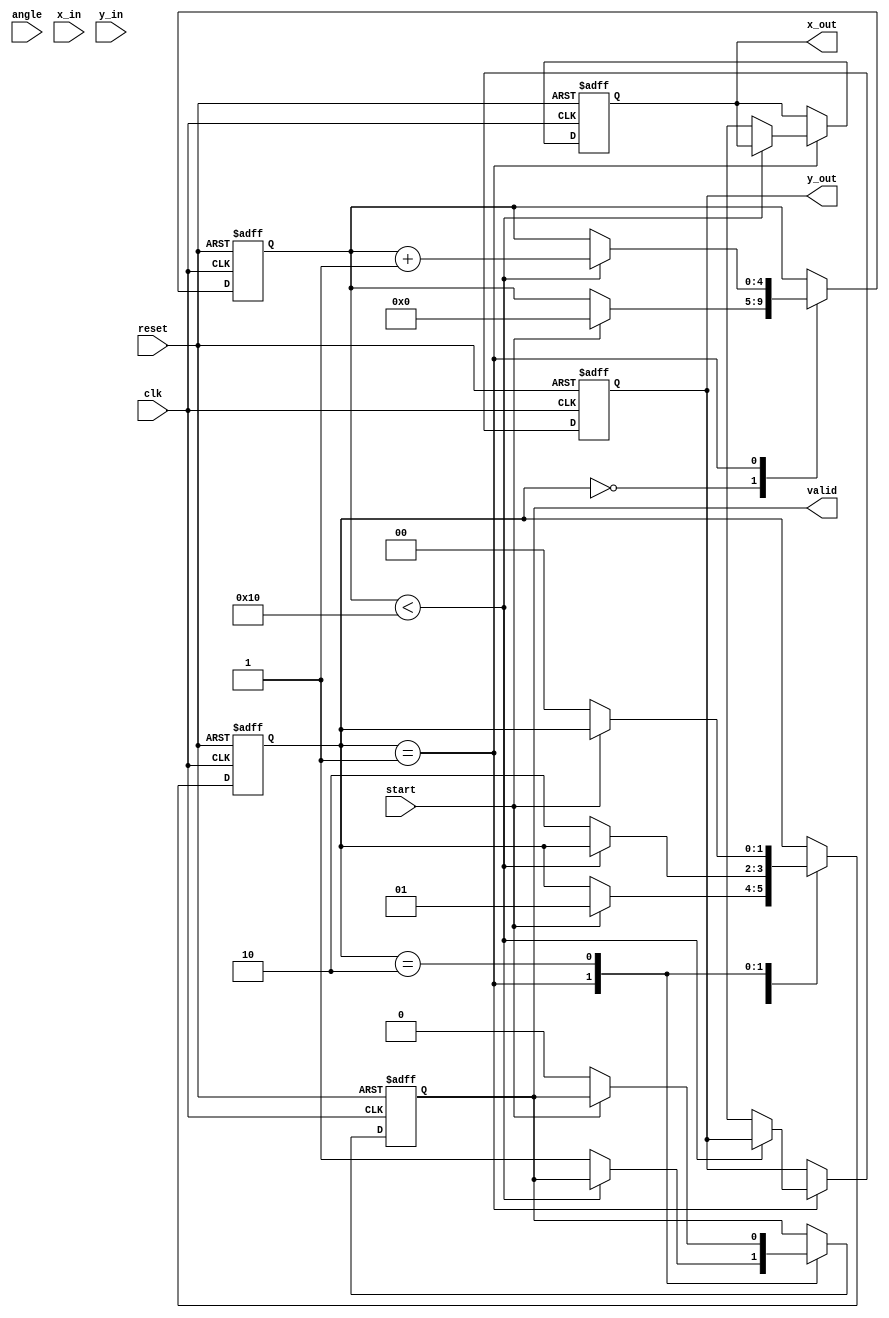
module pipeline_cordic #(
    parameter DATA_WIDTH = 16, // Configurable data width
    parameter ITERATIONS = 16   // Number of CORDIC iterations
)(
    input wire clk,
    input wire reset,
    input wire start,
    input wire signed [DATA_WIDTH-1:0] angle, // Input angle in radians
    input wire signed [DATA_WIDTH-1:0] x_in,   // Input x coordinate
    input wire signed [DATA_WIDTH-1:0] y_in,   // Input y coordinate
    output reg signed [DATA_WIDTH-1:0] x_out,  // Output x coordinate
    output reg signed [DATA_WIDTH-1:0] y_out,  // Output y coordinate
    output reg valid // Output valid signal
);

    // CORDIC constants
    reg signed [DATA_WIDTH-1:0] atan_table [0:ITERATIONS-1];
    initial begin
        // Initialize arctangent values (in fixed-point representation)
        atan_table[0] = 16'h3C90; // atan(2^-0)
        atan_table[1] = 16'h3C49; // atan(2^-1)
        atan_table[2] = 16'h3C1A; // atan(2^-2)
        atan_table[3] = 16'h3BB6; // atan(2^-3)
        // ... Initialize remaining atan values
        // For simplicity, only a few values are shown here
    end

    // Pipeline registers
    reg signed [DATA_WIDTH-1:0] x_reg [0:ITERATIONS-1];
    reg signed [DATA_WIDTH-1:0] y_reg [0:ITERATIONS-1];
    reg signed [DATA_WIDTH-1:0] angle_reg [0:ITERATIONS-1];
    reg [4:0] stage; // Current stage counter
    reg [1:0] state; // FSM state

    // FSM states
    localparam IDLE = 2'b00;
    localparam PROCESS = 2'b01;
    localparam DONE = 2'b10;

    // Control logic
    always @(posedge clk or posedge reset) begin
        if (reset) begin
            stage <= 0;
            state <= IDLE;
            valid <= 0;
            x_out <= 0;
            y_out <= 0;
        end else begin
            case (state)
                IDLE: begin
                    if (start) begin
                        // Load inputs into pipeline registers
                        x_reg[0] <= x_in;
                        y_reg[0] <= y_in;
                        angle_reg[0] <= angle;
                        stage <= 0;
                        state <= PROCESS;
                    end
                end
                PROCESS: begin
                    if (stage < ITERATIONS) begin
                        // CORDIC rotation operation
                        if (angle_reg[stage] < 0) begin
                            // Rotate clockwise
                            x_reg[stage + 1] <= x_reg[stage] + (y_reg[stage] >>> stage);
                            y_reg[stage + 1] <= y_reg[stage] - (x_reg[stage] >>> stage);
                            angle_reg[stage + 1] <= angle_reg[stage] + atan_table[stage];
                        end else begin
                            // Rotate counter-clockwise
                            x_reg[stage + 1] <= x_reg[stage] - (y_reg[stage] >>> stage);
                            y_reg[stage + 1] <= y_reg[stage] + (x_reg[stage] >>> stage);
                            angle_reg[stage + 1] <= angle_reg[stage] - atan_table[stage];
                        end
                        stage <= stage + 1;
                    end else begin
                        // Final output stage
                        x_out <= x_reg[ITERATIONS];
                        y_out <= y_reg[ITERATIONS];
                        valid <= 1;
                        state <= DONE;
                    end
                end
                DONE: begin
                    // Wait for next start signal
                    if (!start) begin
                        valid <= 0;
                        state <= IDLE;
                    end
                end
            endcase
        end
    end

endmodule